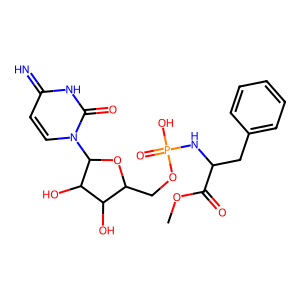
SMILES: COC(=O)C(Cc1ccccc1)NP(=O)(O)OCC1OC(n2ccc(=N)[nH]c2=O)C(O)C1O
Inhibits HIV replication: No